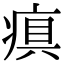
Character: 𤷢